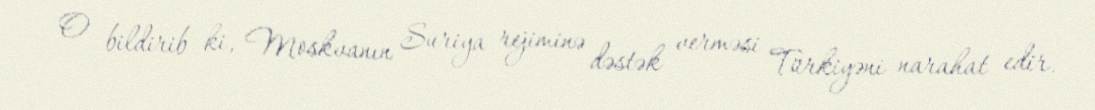
O bildirib ki, Moskvanın Suriya rejiminə dəstək verməsi Türkiyəni narahat edir.